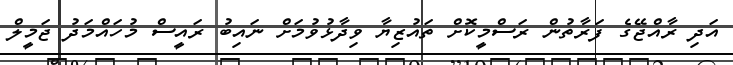
އަދި ރާއްޖޭގެ ފަރާތުން ރަސްމީކޮށް ތައުޒިޔާ ވިދާޅުވުމަށް ނައިބު ރައީސް މުހައްމަދު ޖަމީލް